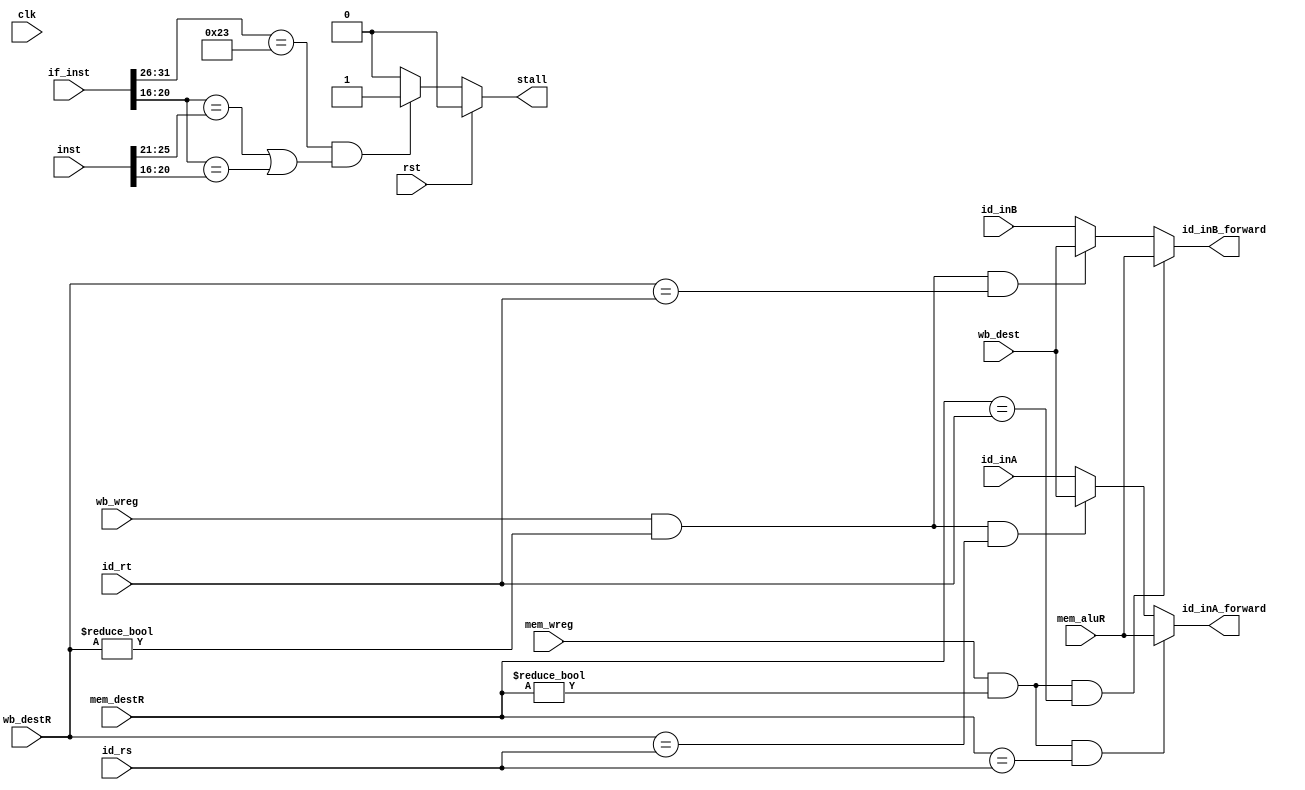
`timescale 1ns / 1ps
//////////////////////////////////////////////////////////////////////////////////
// Company: 
// Engineer: 
// 
// Design Name: 
// Module Name:    stall_ctr 
// Project Name: 
// Target Devices: 
// Tool versions: 
// Description: 
//
// Dependencies: 
//
// Revision: 
// Revision 0.01 - File Created
// Additional Comments: 
//
//////////////////////////////////////////////////////////////////////////////////
//macro.vh
//macro definitions

//operation code
module forward_ctr(clk,
						rst,
						id_inA,
						id_inB,
						
						id_rs,
						id_rt,
						
						mem_wreg,
						mem_destR,
						mem_aluR,
						
						wb_wreg,
						wb_destR,
						wb_dest,
						
						id_inA_forward,
						id_inB_forward,
						
						inst,
						if_inst,
						stall
						);
		
		input rst, clk;
		input [31:0]inst;
		input [31:0]if_inst;
		input [31:0]id_inA;
		input [31:0]id_inB;
		input [4:0]id_rs;
		input [4:0]id_rt;
		input mem_wreg;
		input [4:0]mem_destR;
		input [31:0]mem_aluR;
		input wb_wreg;
		input [4:0]wb_destR;
		input [31:0]wb_dest;
		
		output [31:0]id_inA_forward;
		output [31:0]id_inB_forward;
		output reg stall;
		
		wire [4:0]rs;
		wire [4:0]rt;
		wire [5:0]if_op;
		wire [4:0]if_rt;
		
		assign rs = inst[25:21];
		assign rt = inst[20:16];
		assign if_op = if_inst[31:26];
		assign if_rt = if_inst[20:16];

		wire wb_rs_forward, wb_rt_forward, mem_rs_forward, mem_rt_forward;
		assign mem_rs_forward = (mem_wreg && (mem_destR != 0) && (mem_destR == id_rs));
		assign mem_rt_forward = (mem_wreg && (mem_destR != 0) && (mem_destR == id_rt));
		assign wb_rs_forward = (wb_wreg && (wb_destR != 0) && (wb_destR == id_rs));
		assign wb_rt_forward = (wb_wreg && (wb_destR != 0) && (wb_destR == id_rt));
		
		assign id_inA_forward = (mem_rs_forward) ? mem_aluR : ((wb_rs_forward) ? wb_dest : id_inA);
		assign id_inB_forward = (mem_rt_forward) ? mem_aluR : ((wb_rt_forward) ? wb_dest : id_inB);
	
		always @(*) begin
			if(rst)
				stall <=0;
			else
				stall <= ((if_op == 6'b100011) && ((if_rt == rs) || (if_rt == rt))) ? 1 : 0;
		end
		
endmodule